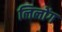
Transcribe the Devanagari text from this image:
लिलोंग